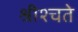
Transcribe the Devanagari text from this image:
श्रीश्चते